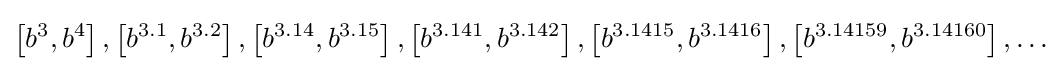
\left[b^{3},b^{4}\right],\left[b^{3.1},b^{3.2}\right],\left[b^{3.14},b^{3.15}\right],\left[b^{3.141},b^{3.142}\right],\left[b^{3.1415},b^{3.1416}\right],\left[b^{3.14159},b^{3.14160}\right],\ldots